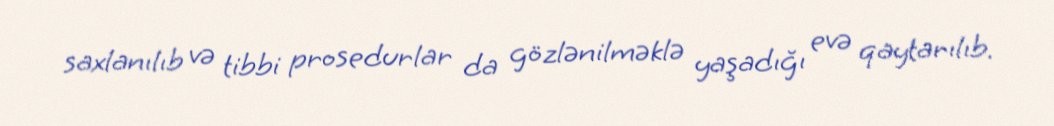
saxlanılıb və tibbi prosedurlar da gözlənilməklə yaşadığı evə qaytarılıb.